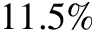
1 1 . 5 \%